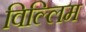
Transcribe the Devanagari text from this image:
विल्लिम